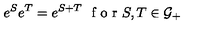
e ^ { S } e ^ { T } = e ^ { S + T } \textrm { } \textrm { f o r } S , T \in { \cal { G } } _ { + }